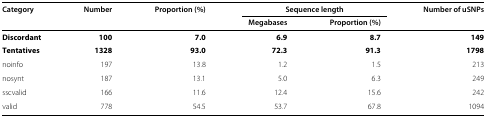
<table><thead><tr><td><b>Category</b></td><td><b>Number</b></td><td><b>Proportion (%)</b></td><td colspan="2"><b>Sequence length</b></td><td><b>Number of uSNPs</b></td></tr></thead><tbody><tr><td> </td><td> </td><td> </td><td><b>Megabases</b></td><td><b>Proportion (%)</b></td><td> </td></tr><tr><td><b>Discordant</b></td><td><b>100</b></td><td><b>7.0</b></td><td><b>6.9</b></td><td><b>8.7</b></td><td><b>149</b></td></tr><tr><td><b>Tentatives</b></td><td><b>1328</b></td><td><b>93.0</b></td><td><b>72.3</b></td><td><b>91.3</b></td><td><b>1798</b></td></tr><tr><td>noinfo</td><td>197</td><td>13.8</td><td>1.2</td><td>1.5</td><td>213</td></tr><tr><td>nosynt</td><td>187</td><td>13.1</td><td>5.0</td><td>6.3</td><td>249</td></tr><tr><td>sscvalid</td><td>166</td><td>11.6</td><td>12.4</td><td>15.6</td><td>242</td></tr><tr><td>valid</td><td>778</td><td>54.5</td><td>53.7</td><td>67.8</td><td>1094</td></tr></tbody></table>